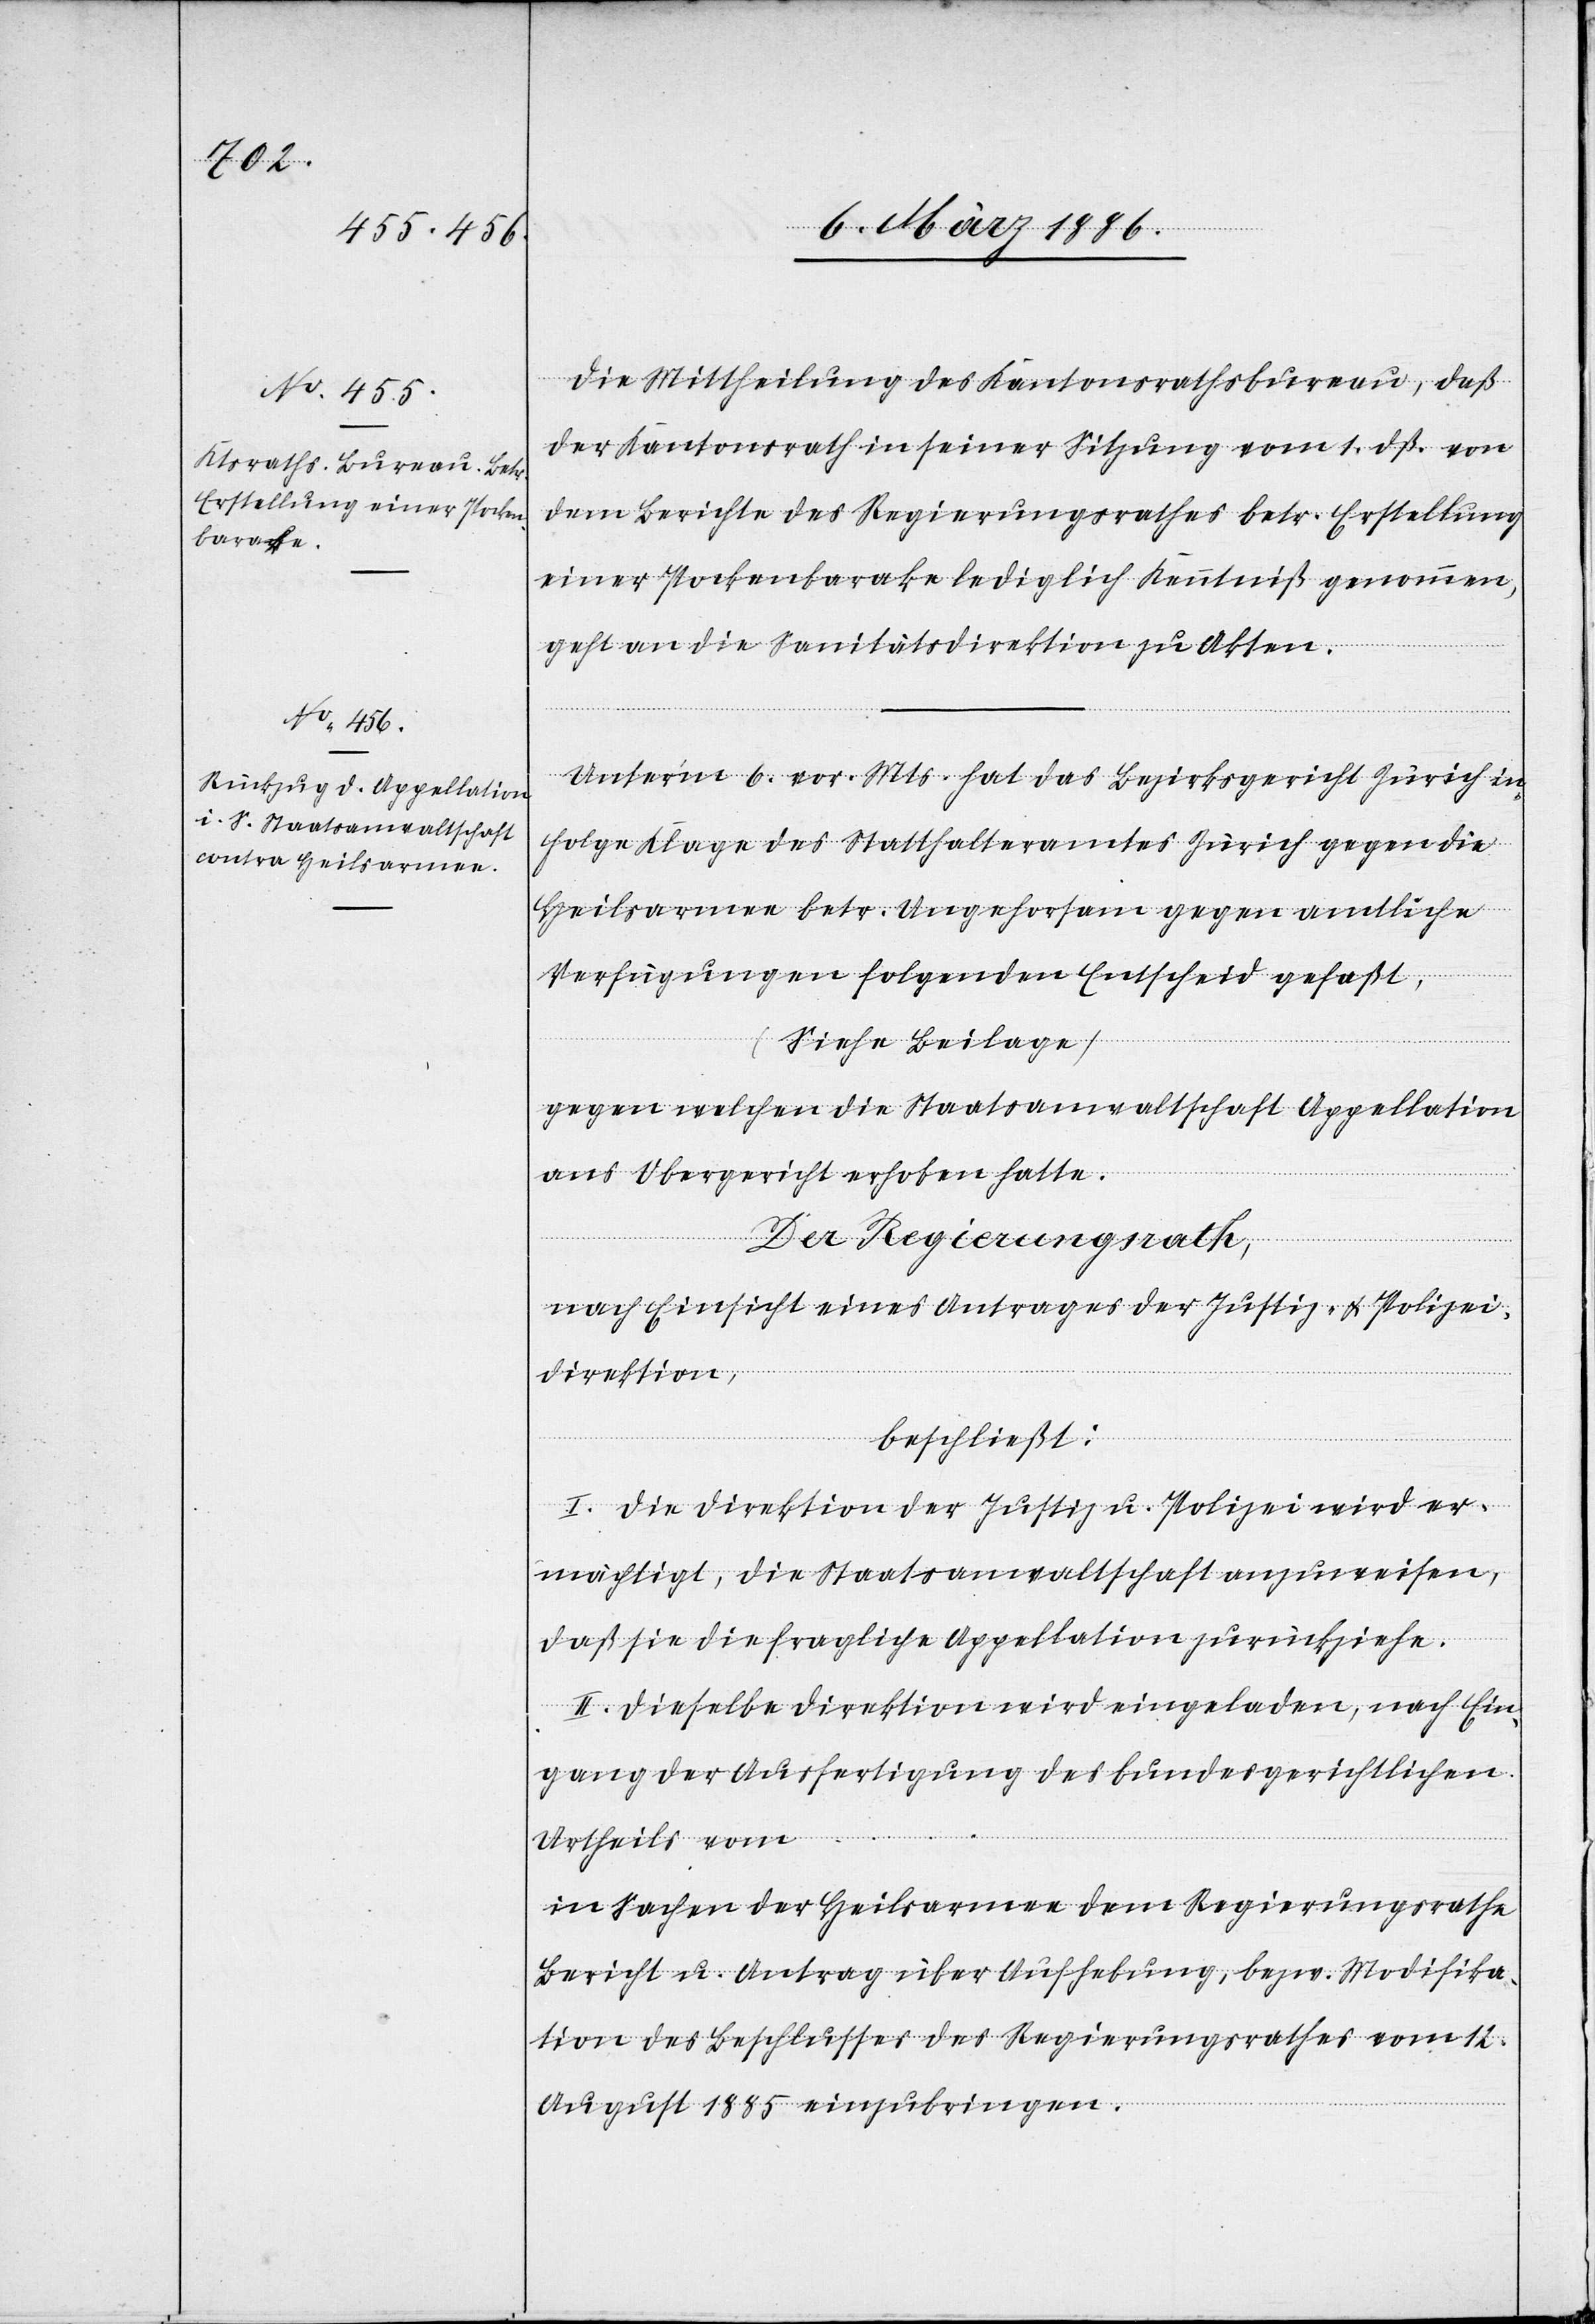
Die Mittheilung des Kantonsrathsbureau, daß
der Kantonsrath in seiner Sitzung vom 1. dß. von
dem Berichte des Regierungsrathes betr. Erstellung
einer Pockenbarake lediglich Kenntniß genommen,
geht an die Sanitätsdirektion zu Akten.
Unter’m 6. vor. Mts. hat das Bezirksgericht Zürich in¬
folge Klage des Statthalteramtes Zürich gegen die
Heilsarmee betr. Ungehorsam gegen amtliche
Verfügungen folgenden Entscheid gefaßt,
(Siehe Beilage)
gegen welchen die Staatsanwaltschaft Appellation
ans Obergericht erhoben hatte.
Der Regierungsrath,
nach Einsicht eines Antrages der Justiz- & Polizei¬
direktion,
beschließt:
I. Die Direktion der Justiz u. Polizei wird er¬
mächtigt, die Staatsanwaltschaft anzuweisen,
daß sie die fragliche Appellation zurückziehe.
II. Dieselbe Direktion wird eingeladen, nach Ein¬
gang der Ausfertigung des bundesgerichtlichen
Urtheils vom
in Sachen der Heilsarmee dem Regierungsrathe
Bericht u. Antrag über Aufhebung, bzw. Modifika¬
tion des Beschlusses des Regierungsrathes vom 12.
August 1885 einzubringen.